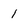
Character: 1